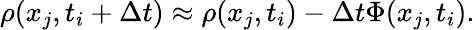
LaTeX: \rho(x_{j},t_{i}+\Delta t)\approx\rho(x_{j},t_{i})-\Delta t\Phi(x_{j},t_{i}).